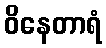
ဝိနေတာရံ